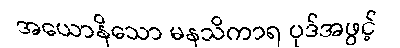
အယောနိသော မနသိကာရ ပုဒ်အဖွင့်